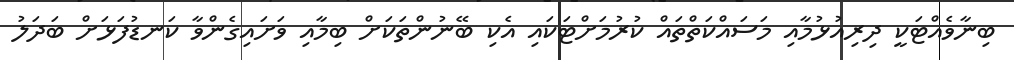
ބިނާވެއްޓަކީ ދިރިއުޅުމާއި މަސައްކަތްތައް ކުރުމަށްޓަކައި އެކި ބޭނުންތަކަށް ބިމާއި ވަށައިގެންވާ ކަނޑުފަޅަށް ބަދަލު